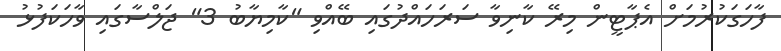
ފާހަގަކުރުމަށް އެޕާޓީން މިރޭ ކާނިވާ ސަރަހައްދުގައި ބޭއްވި "ކާމިޔާބު 3" ޖަލްސާގައި ވާހަަކަފުޅު